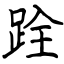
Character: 跧